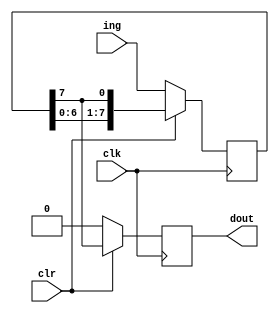
module xl_generate(clk,clr,ing,dout);
	input clk,clr;
	input [7:0]ing;
	output reg dout;
	reg [7:0]data;
	always @ (posedge clk)begin
		if(!clr)begin
			dout = 1'd0;
			data = ing;
		end
		else begin
			dout <= data[7];
			data <= {data[6:0],data[7]};
		end
	end
endmodule